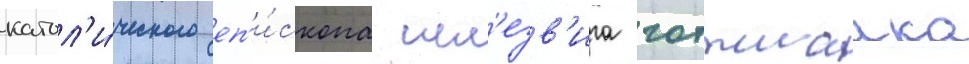
катол'и́ческого еп'и́скопа шл'езв'ига готтшалка